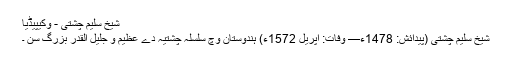
شیخ سلیم چشتی - وکیپیڈیا
شیخ سلیم چشتی (پیدائش: 1478ء— وفات: اپریل 1572ء) ہندوستان وچ سلسلہ چشتیہ دے عظیم و جلیل القدر بزرگ سن ۔